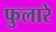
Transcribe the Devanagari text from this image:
फुलारे